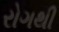
રોગથી